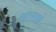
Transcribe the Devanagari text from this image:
गुत्सको